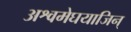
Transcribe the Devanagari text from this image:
अश्वमेघयाजिन्